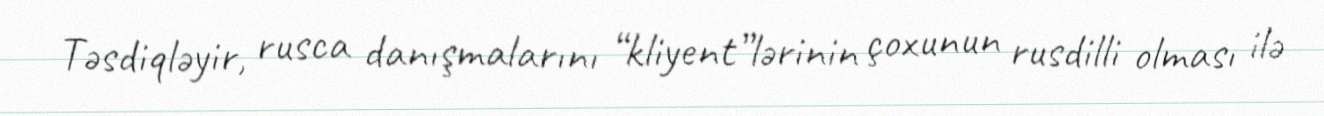
Təsdiqləyir, rusca danışmalarını “kliyent”lərinin çoxunun rusdilli olması ilə